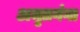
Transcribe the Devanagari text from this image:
अमृतगंगा